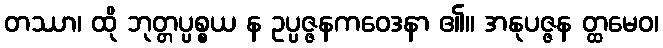
တဿာ၊ ထို ဘုတ္တပ္ပစ္စယ န ဥပ္ပဇ္ဇနကဝေဒနာ ၏။ အနုပဇ္ဇန တ္ထမေဝ၊